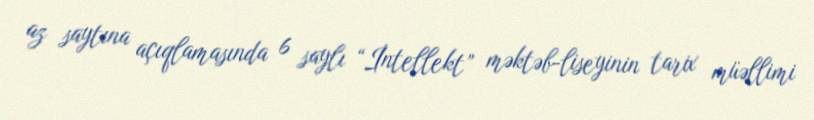
az saytına açıqlamasında 6 saylı “İntellekt” məktəb-liseyinin tarix müəllimi